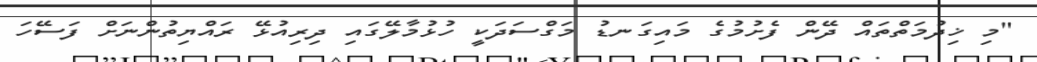
"މި ޚިދުމަތްތައް ދޭން ފެށުމުގެ މައިގަނޑު މަގްސަދަކީ ހުޅުމާލޭގައި ދިރިއުޅޭ ރައްޔިތުންނަށް ފަސޭހަ